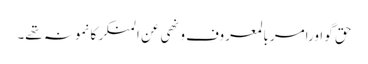
حق گو اورامر بالمعروف و نھی عن المنکر کا نمونہ تھے۔